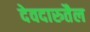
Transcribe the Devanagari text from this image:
देवदारुतैल